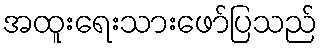
အထူးရေးသားဖော်ပြသည်